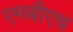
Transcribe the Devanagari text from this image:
एमबीएच